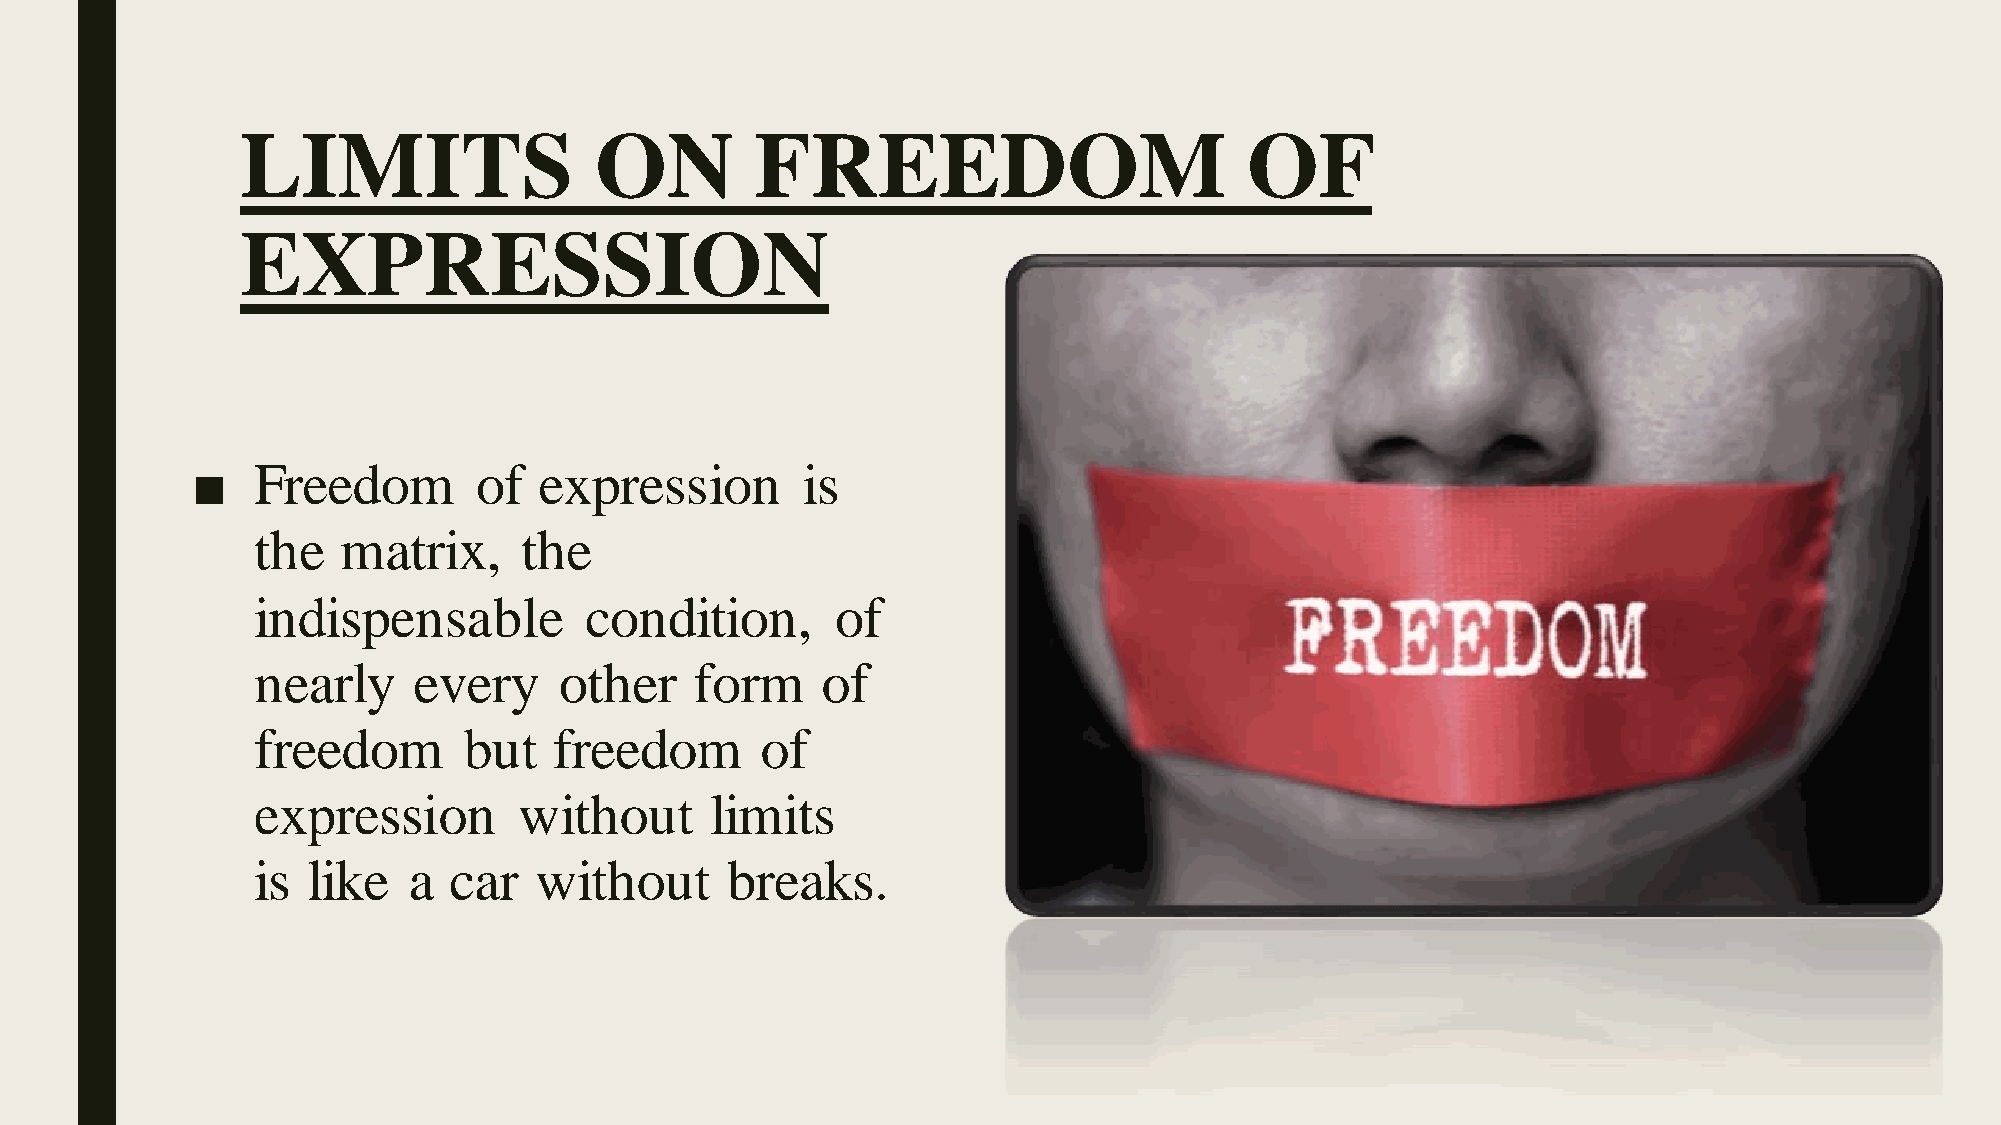
LIMITS                 ON         FREEDOM                          OF
 EXPRESSION
 ■   Freedom        of  expression       is
 the  matrix,     the
 indispensable         condition,      of
 nearly    every     other    form    of
 freedom       but   freedom      of
 expression       without      limits
 is like   a  car  without      breaks.